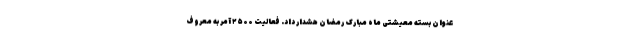
عنوان بسته معیشتی ماه مبارک رمضان هشدار داد. فعالیت ۲۵۰۰ آمر به معروف